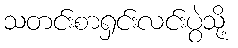
သတင်းစာရှင်းလင်းပွဲသို့